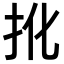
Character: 𢪎